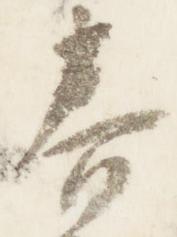
春